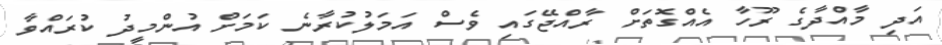
އަދި މާއްދާގެ ރޫހާ އެއްގޮތަށް ރާއްޖޭގައި ވެސް އަމަލުކުރާނެ ކަމަށް އުންމީދު ކުރައްވާ